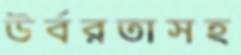
উর্বরতাসহ